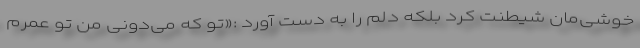
خوشی‌مان شیطنت کرد بلکه دلم را به دست آورد :«تو که می‌دونی من تو عمرم